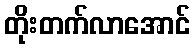
တိုးတက်လာအောင်